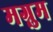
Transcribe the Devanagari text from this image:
मग्नुम